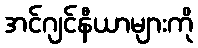
အင်ဂျင်နီယာများကို